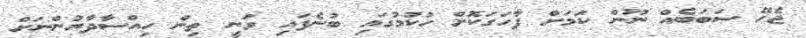
ޖެހޭ ސަބަބެއް ނޫން ކަމަށް ފާހަގަކޮށް ހުކުމުގައި ބުނެފައި ވަނީ ތިން ހިއްސާދާރުންނަށް